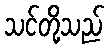
သင်တို့သည်